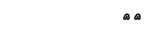
٨١